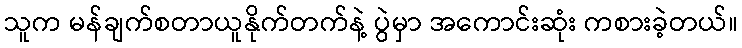
သူက မန်ချက်စတာယူနိုက်တက်နဲ့ ပွဲမှာ အကောင်းဆုံး ကစားခဲ့တယ်။